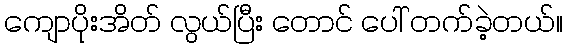
ကျောပိုးအိတ် လွယ်ပြီး တောင် ပေါ် တက်ခဲ့တယ်။